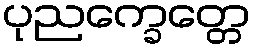
ပုညက္ခေတ္တေ